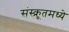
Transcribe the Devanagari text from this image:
संस्क्रूतमध्ये